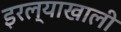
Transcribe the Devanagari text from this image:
इरल्याखाली